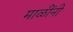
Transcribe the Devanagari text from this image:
माळींनी